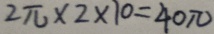
2 \pi \times 2 \times 1 0 = 4 0 \pi